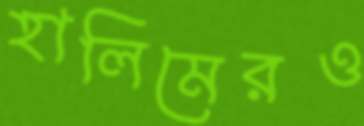
হালিমেরও